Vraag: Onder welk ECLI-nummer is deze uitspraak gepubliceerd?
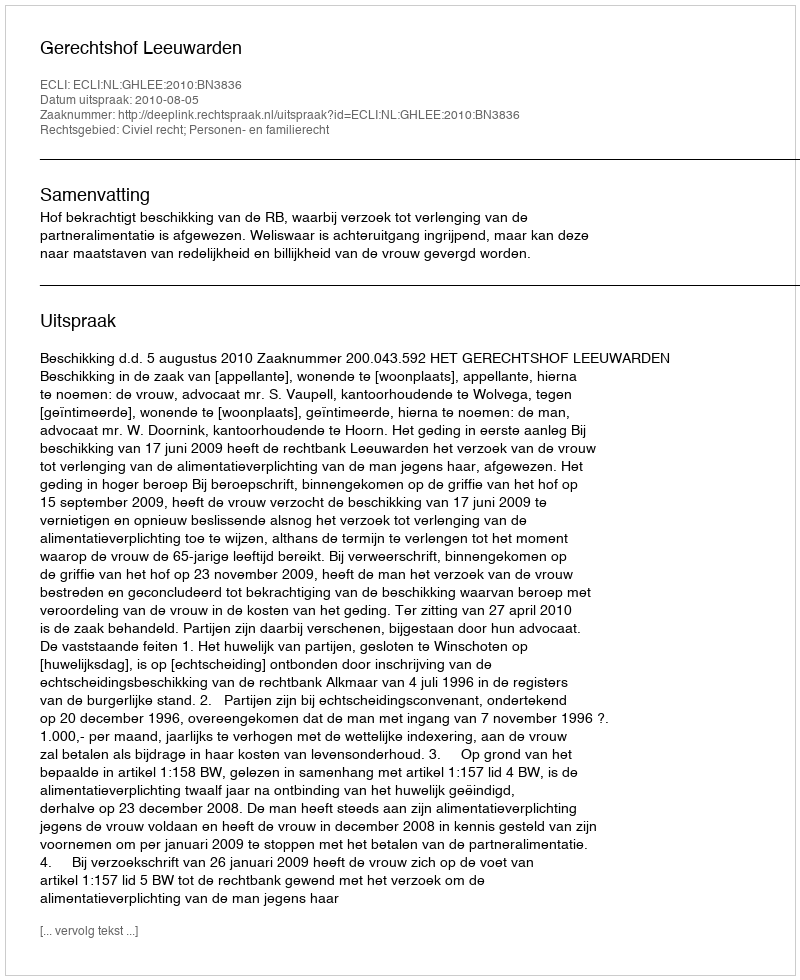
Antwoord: ECLI:NL:GHLEE:2010:BN3836